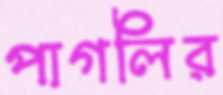
পাগলির